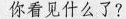
你看见什么了?